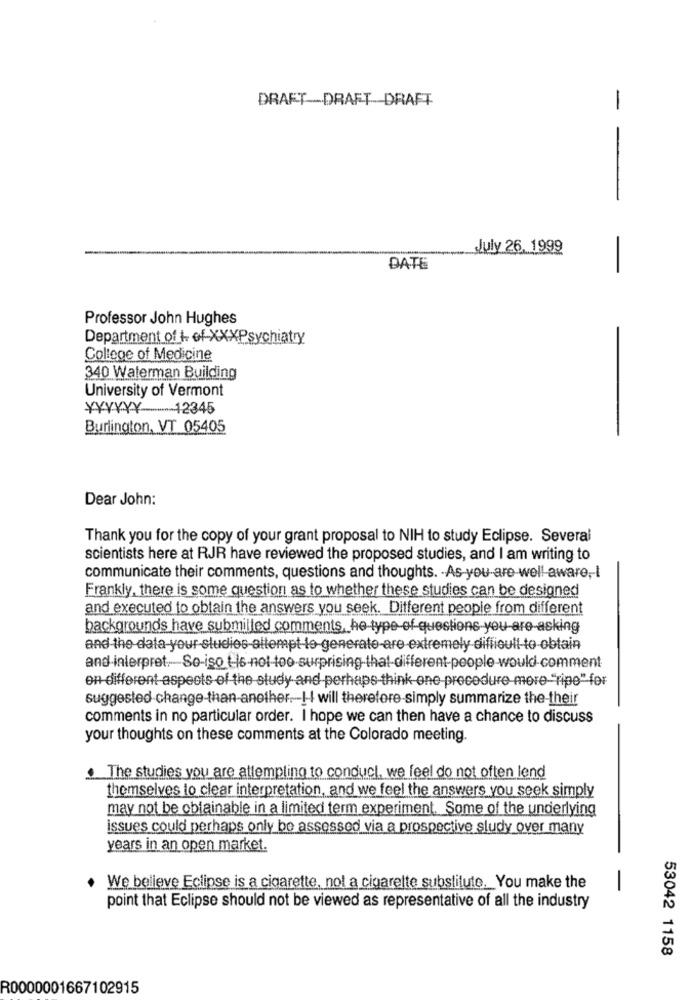
DRAFT-DRAFT-DRAFT
-
July 26. 1999
DATE
-
Professor John Hughes
Department of + of-XXXPsychiatry
College of Medicine
340 Waterman Building
University of Vermont
¥YYYYY 12345
Burlington, VT 05405
Dear John:
Thank you for the copy of your grant proposal to NIH to study Eclipse. Several
scientists here at RJR have reviewed the proposed studies, and I am writing to
communicate their comments, questions and thoughts. - As-you-are-well aware ,- I
Frankly, there is some question as to whether these studies can be designed
and executed to obtain the answers you seek. Different people from different
backgrounds have submilled comments, he type-ef-questions-you-are-asking
and the data-your studies-altempt-le-generate-are extremely difficult to obtain
and-interpret. So-iso :s not too surprising-that-different people-would-comment
en different aspects of the study and perhaps think one-procedure-more-"ripe" for
suggested change-than-another .!- I will therefore-simply summarize the their
comments in no particular order. I hope we can then have a chance to discuss
your thoughts on these comments at the Colorado meeting.
. The studies you are attempting to conduct, we feel do not often lend
themselves to clear interpretation, and we feel the answers you seek simply
may not be obtainable in a limited term experiment. Some of the underlying
issues could perhaps only be assessed via a prospective study over many
years in an open market.
We believe Eclipse is a cigarette, not a cigarette substitute. You make the
point that Eclipse should not be viewed as representative of all the industry
53042 1158
R0000001667102915